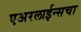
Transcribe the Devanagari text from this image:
एअरलाईन्सचा